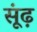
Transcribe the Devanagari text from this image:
सूंढ़